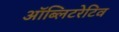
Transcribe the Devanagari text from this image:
ऑब्लिटरेटिव